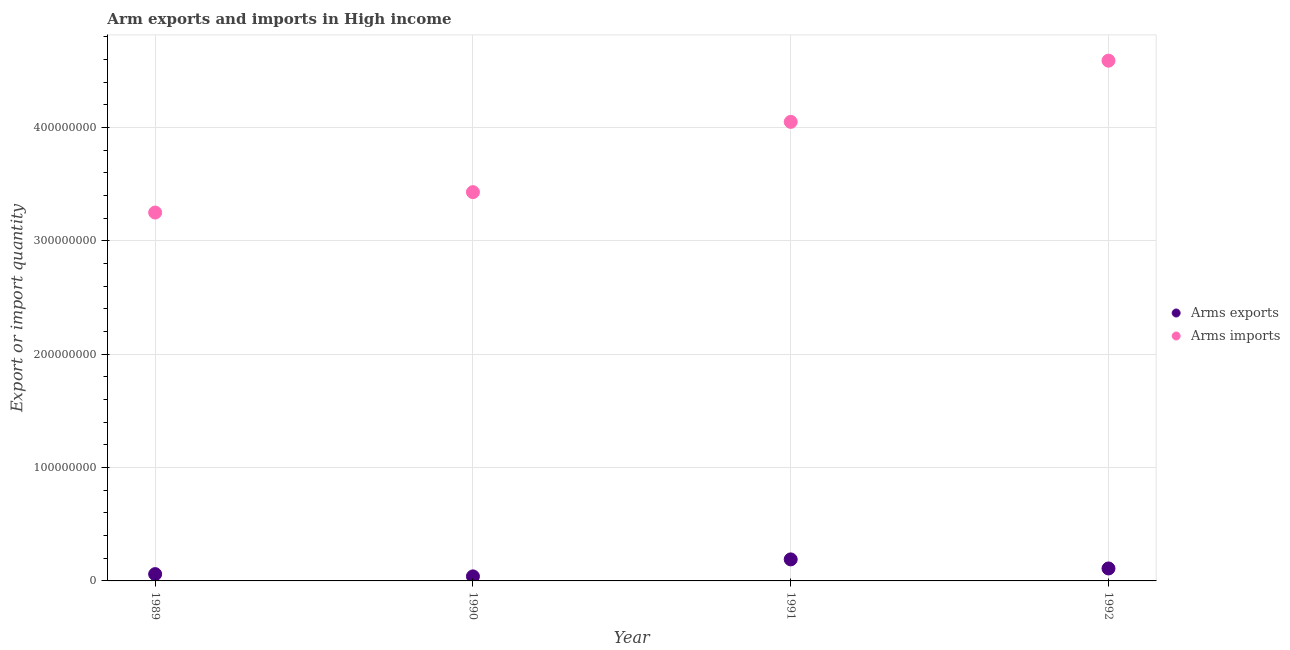
| Year | Arms exports | Arms imports |
 | --- | --- | --- |
 | 1989 | 6e+06 | 3.25e+08 |
 | 1990 | 4e+06 | 3.43e+08 |
 | 1991 | 1.9e+07 | 4.05e+08 |
 | 1992 | 1.1e+07 | 4.59e+08 |